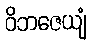
ဝိဘဇေယျံ